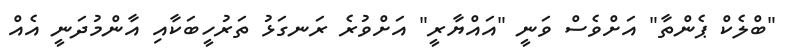
"ބްލެކް ޕެންތާ" އަށްވެސް ވަނީ "އައްޔާރީ" އަށްވުރެ ރަނގަޅު ތަރުހީބަކާއި އާންމުދަނީ އެއް